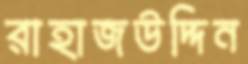
রাহাজউদ্দিন